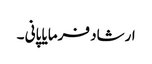
ارشاد فرمایا پانی ۔